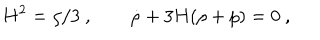
H ^ { 2 } = \rho / 3 \ , ~ ~ \dot { \rho } + 3 H ( \rho + p ) = 0 \ ,